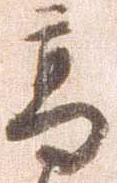
高